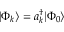
| \Phi _ { k } \rangle = a _ { k } ^ { \dagger } | \Phi _ { 0 } \rangle